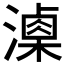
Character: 𣿚